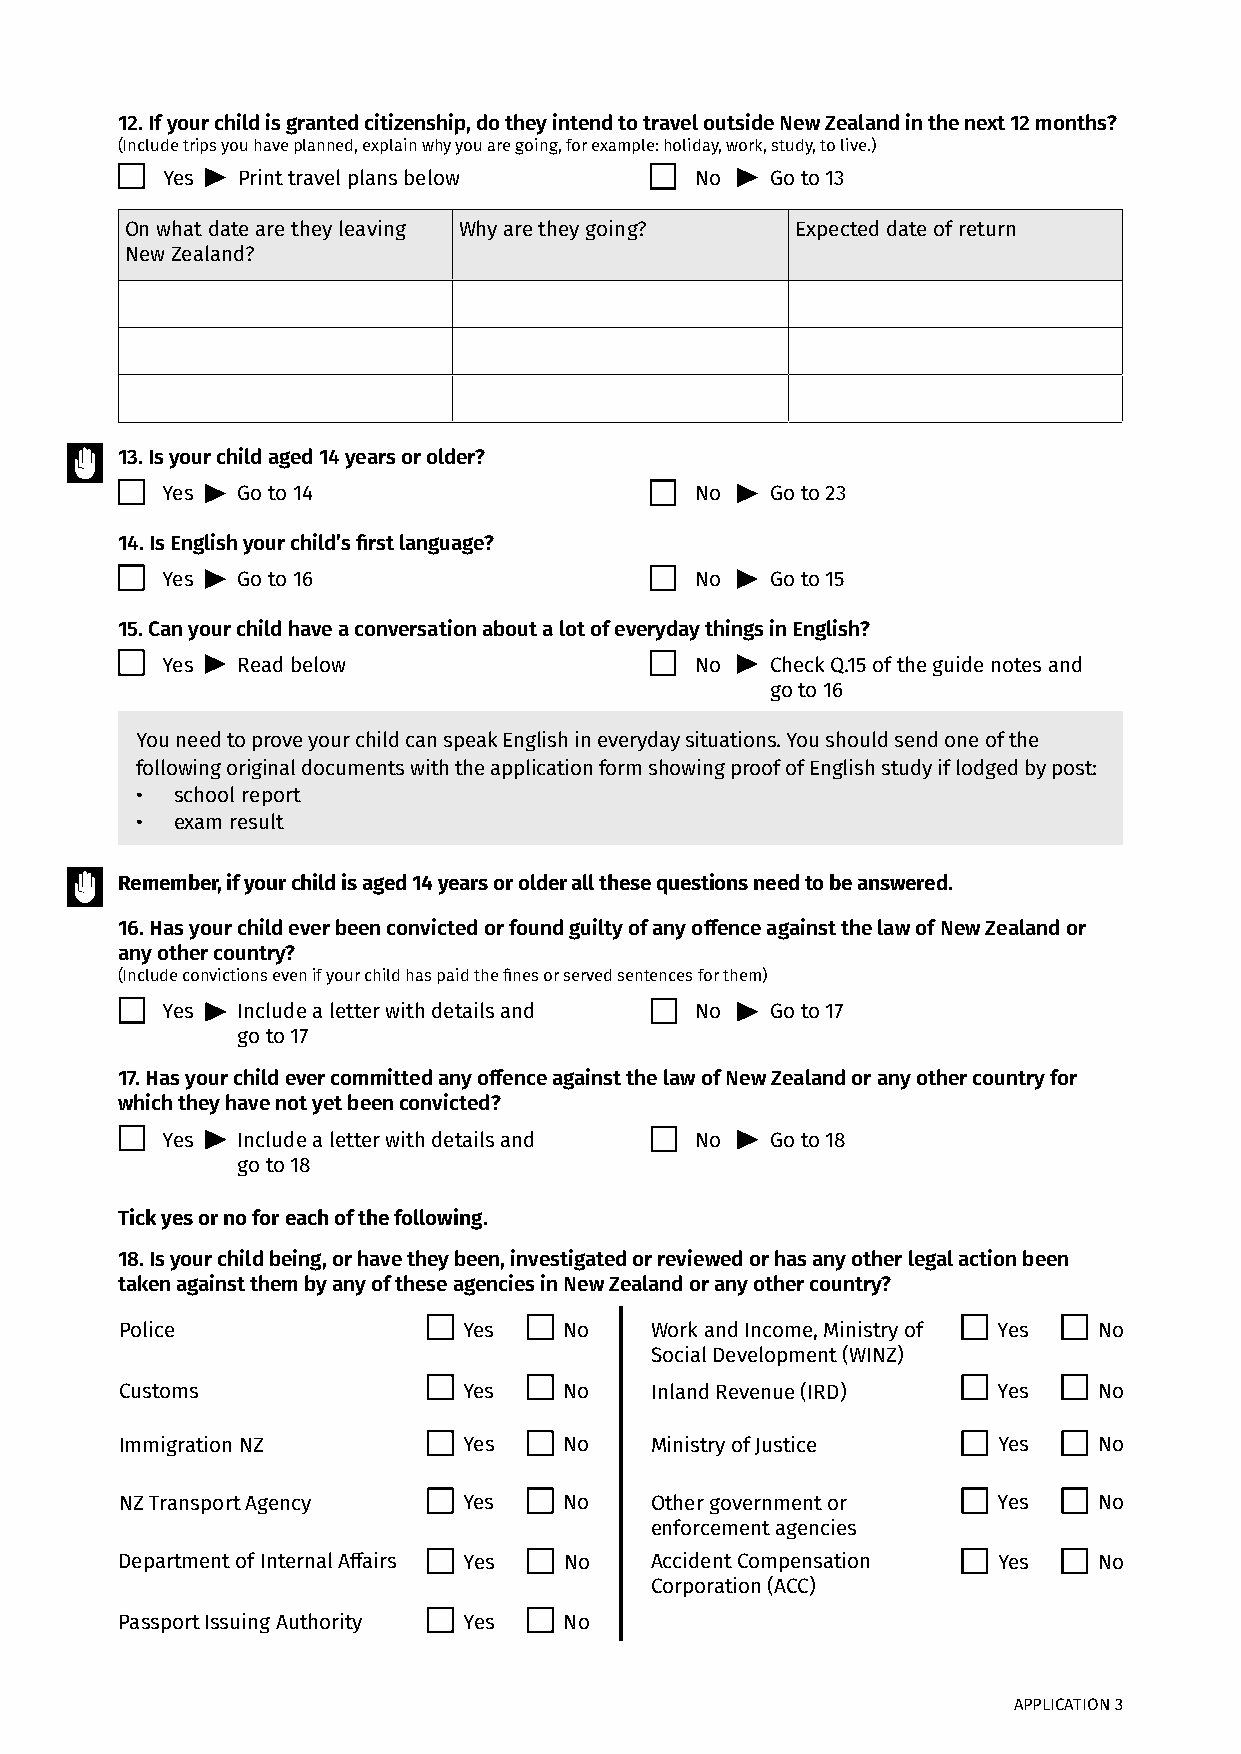
12. If your child is granted citizenship, do they intend to travel outside New Zealand in the next 12 months?
 (Include trips you have planned, explain why you are going, for example: holiday, work, study, to live.)
 Yes  Print travel plans below      No   Go to 13
 On what date are they leaving Why are they going? Expected date of return
 New Zealand?
 13. Is your child aged 14 years or older?
 Yes  Go to 14                      No   Go to 23
 14. Is English your child’s first language?
 Yes  Go to 16                      No   Go to 15
 15. Can your child have a conversation about a lot of everyday things in English?
 Yes  Read below                    No   Check Q.15 of the guide notes and
 go to 16
 You need to prove your child can speak English in everyday situations. You should send one of the
 following original documents with the application form showing proof of English study if lodged by post:
 •  school report
 •  exam result
 Remember, if your child is aged 14 years or older all these questions need to be answered.
 16. Has your child ever been convicted or found guilty of any offence against the law of New Zealand or
 any other country?
 (Include convictions even if your child has paid the fines or served sentences for them)
 Yes  Include a letter with details and No Go to 17
 go to 17
 17. Has your child ever committed any offence against the law of New Zealand or any other country for
 which they have not yet been convicted?
 Yes  Include a letter with details and No Go to 18
 go to 18
 Tick yes or no for each of the following.
 18. Is your child being, or have they been, investigated or reviewed or has any other legal action been
 taken against them by any of these agencies in New Zealand or any other country?
 Police                 Yes   No    Work and Income, Ministry of Yes No
 Social Development (WINZ)
 Customs                Yes   No    Inland Revenue (IRD)   Yes    No
 Immigration NZ         Yes   No    Ministry of Justice    Yes    No
 NZ Transport Agency    Yes   No    Other government or    Yes    No
 enforcement agencies
 Department of Internal Affairs Yes No Accident Compensation Yes  No
 Corporation (ACC)
 Passport Issuing Authority Yes No
 APPLICATION 3